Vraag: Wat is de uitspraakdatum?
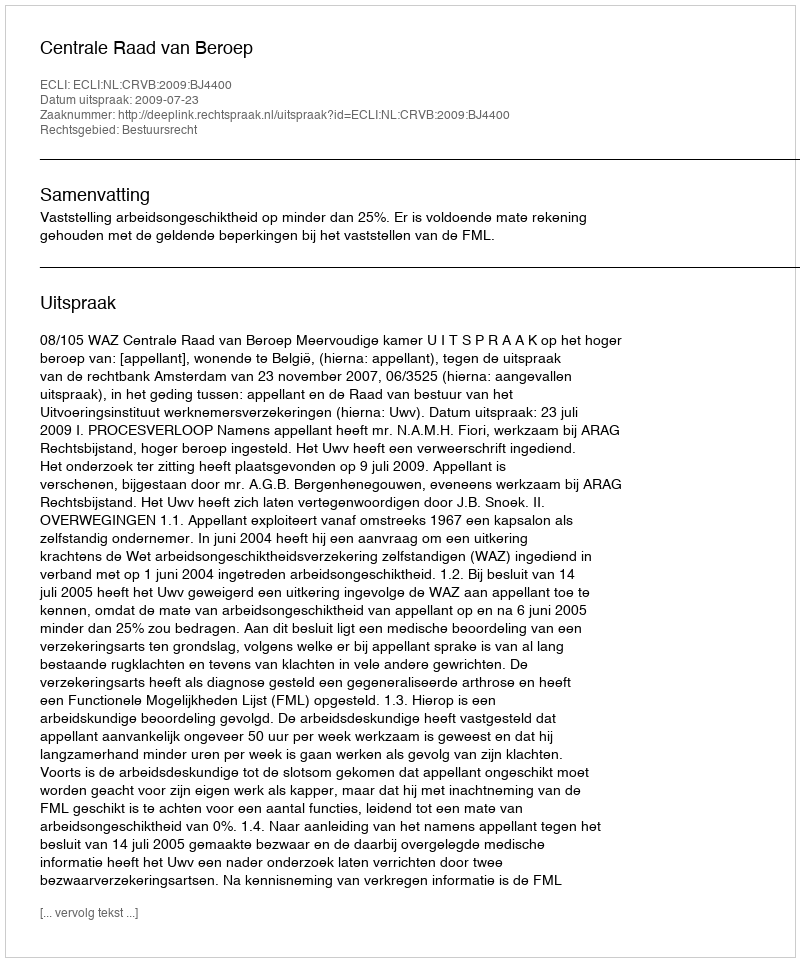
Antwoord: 2009-07-23